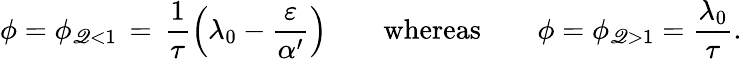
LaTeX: \phi=\phi_{\mathscr{Q}<1}\, =\, \frac{{1}}{{\tau}}\left(\lambda_{0}-\frac{{\varepsilon}}{{\alpha^{\prime}}}\right)\qquad\mathrm{{whereas}}\qquad\phi=\phi_{\mathscr{Q}>1}=\frac{{\lambda_{0}}}{{\tau}}.